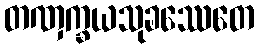
တဏှက္ခယသုခဿေတေ